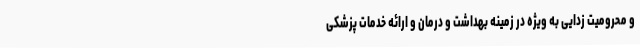
و محرومیت زدایی به ویژه در زمینه بهداشت و درمان و ارائه خدمات پزشکی